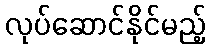
လုပ်ဆောင်နိုင်မည့်